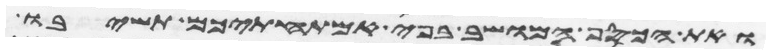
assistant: ואת הכסף המושב בפי אמתחתיכם תשיבו